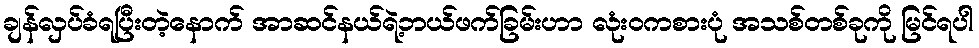
ချန်လှပ်ခံရပြီးတဲ့နောက် အာဆင်နယ်ရဲ့ဘယ်ဖက်ခြမ်းဟာ လုံးဝကစားပုံ အသစ်တစ်ခုကို မြင်ရပါ